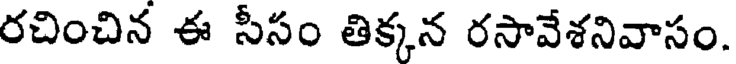
రచించిన ఈ సీసం తిక్కన రసావేశనివాసం.